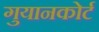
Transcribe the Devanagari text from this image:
गुयानकोर्ट